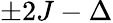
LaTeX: \pm 2J-\Delta